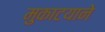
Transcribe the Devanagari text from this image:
मुकाटयाने